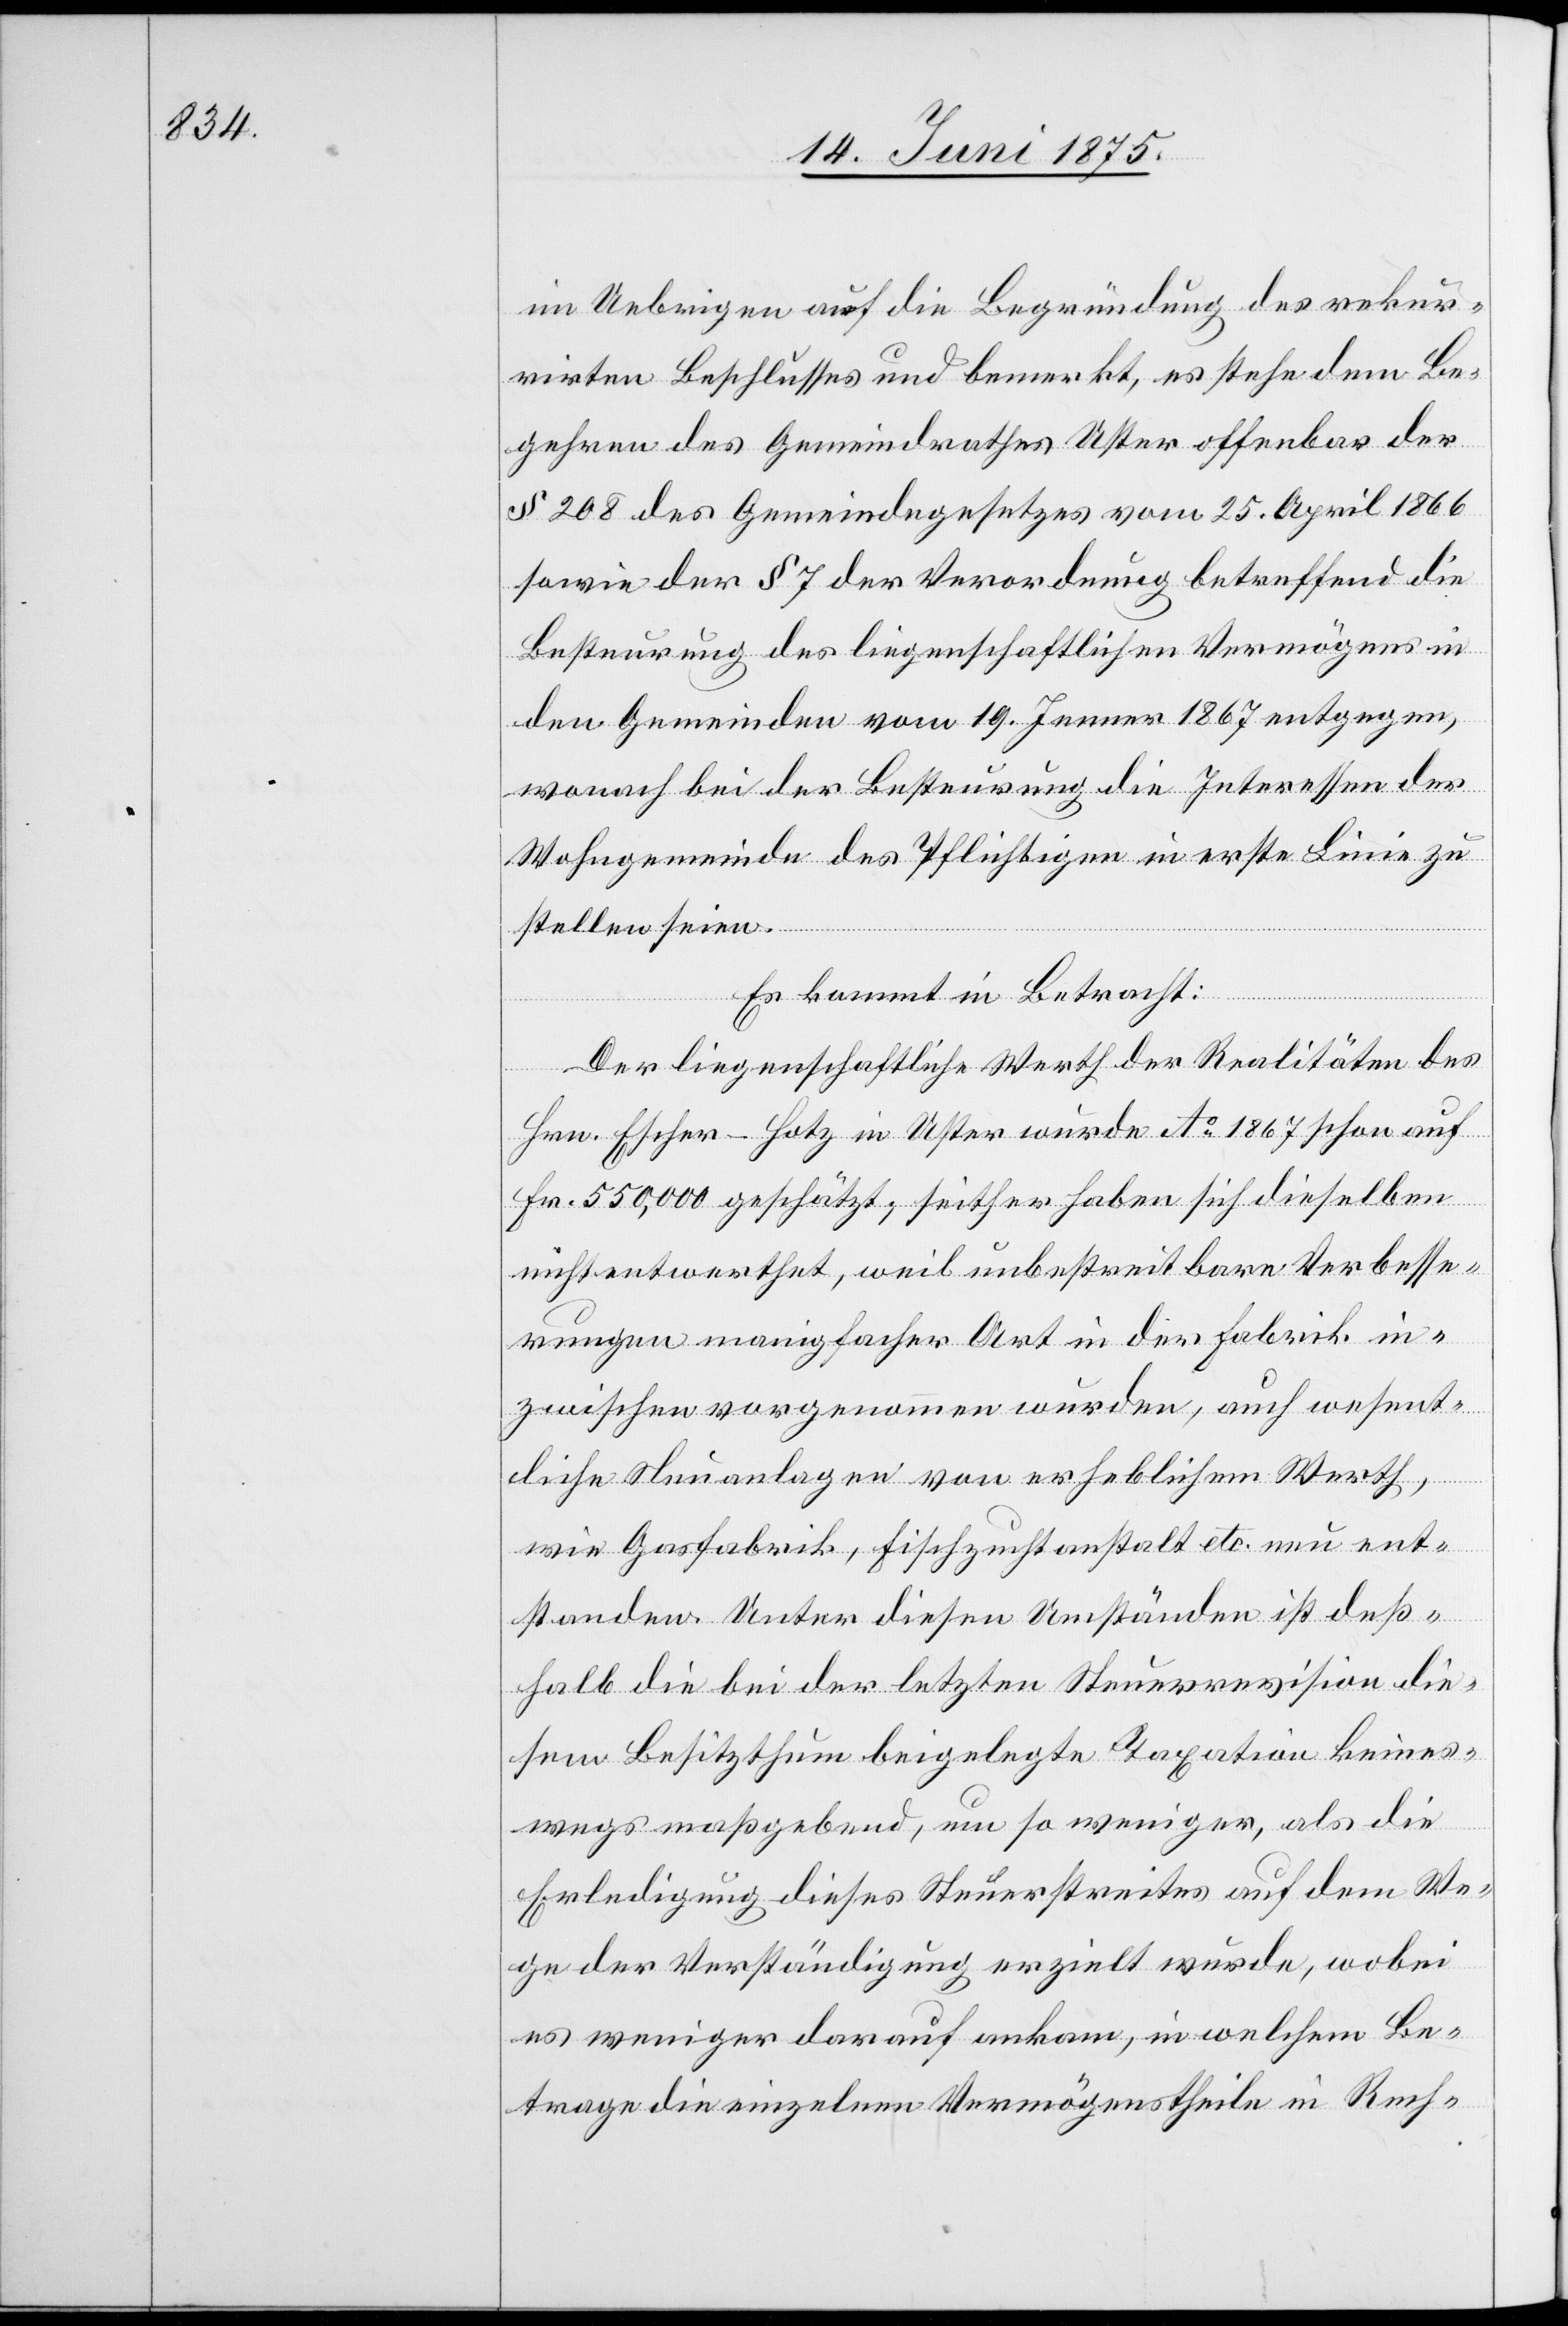
im Uebrigen auf die Begründung des rekur¬
rirten Beschlusses und bemerkt, es stehe dem Be¬
gehren des Gemeindrathes Uster offenbar der
§ 208 des Gemeindegesetzes vom 25. April 1866
sowie der § 7 der Verordnung betreffend die
Besteuerung des liegenschaftlichen Vermögens in
den Gemeinden vom 19. Jenner 1867 entgegen,
wonach bei der Besteuerung die Interessen der
Wohngemeinde des Pflichtigen in erste Linie zu
stellen seien.
Es kommt in Betracht:
Der liegenschaftliche Werth der Realitäten des
Hrn. Escher-Hotz in Uster wurde Ao 1867 schon auf
Fr. 550,000 geschätzt, seither haben sich dieselben
nicht entwerthet, weil unbestreitbare Verbesse¬
rungen manigfacher Art in der Fabrik in¬
zwischen vorgenommen wurden, auch wesent¬
liche Neuanlagen von erheblichem Werth,
wie Gasfabrik, Fischzuchtanstalt etc. neu ent¬
standen. Unter diesen Umständen ist deß¬
halb die bei der letzten Steuerrevision die¬
sem Besitzthum beigelegte Taxation keines¬
wegs maßgebend, um so weniger, als die
Erledigung dieses Steuerstreites auf dem We¬
ge der Verständigung erzielt wurde, wobei
es weniger darauf ankam, in welchem Be¬
trage die einzelnen Vermögenstheile in Rech-